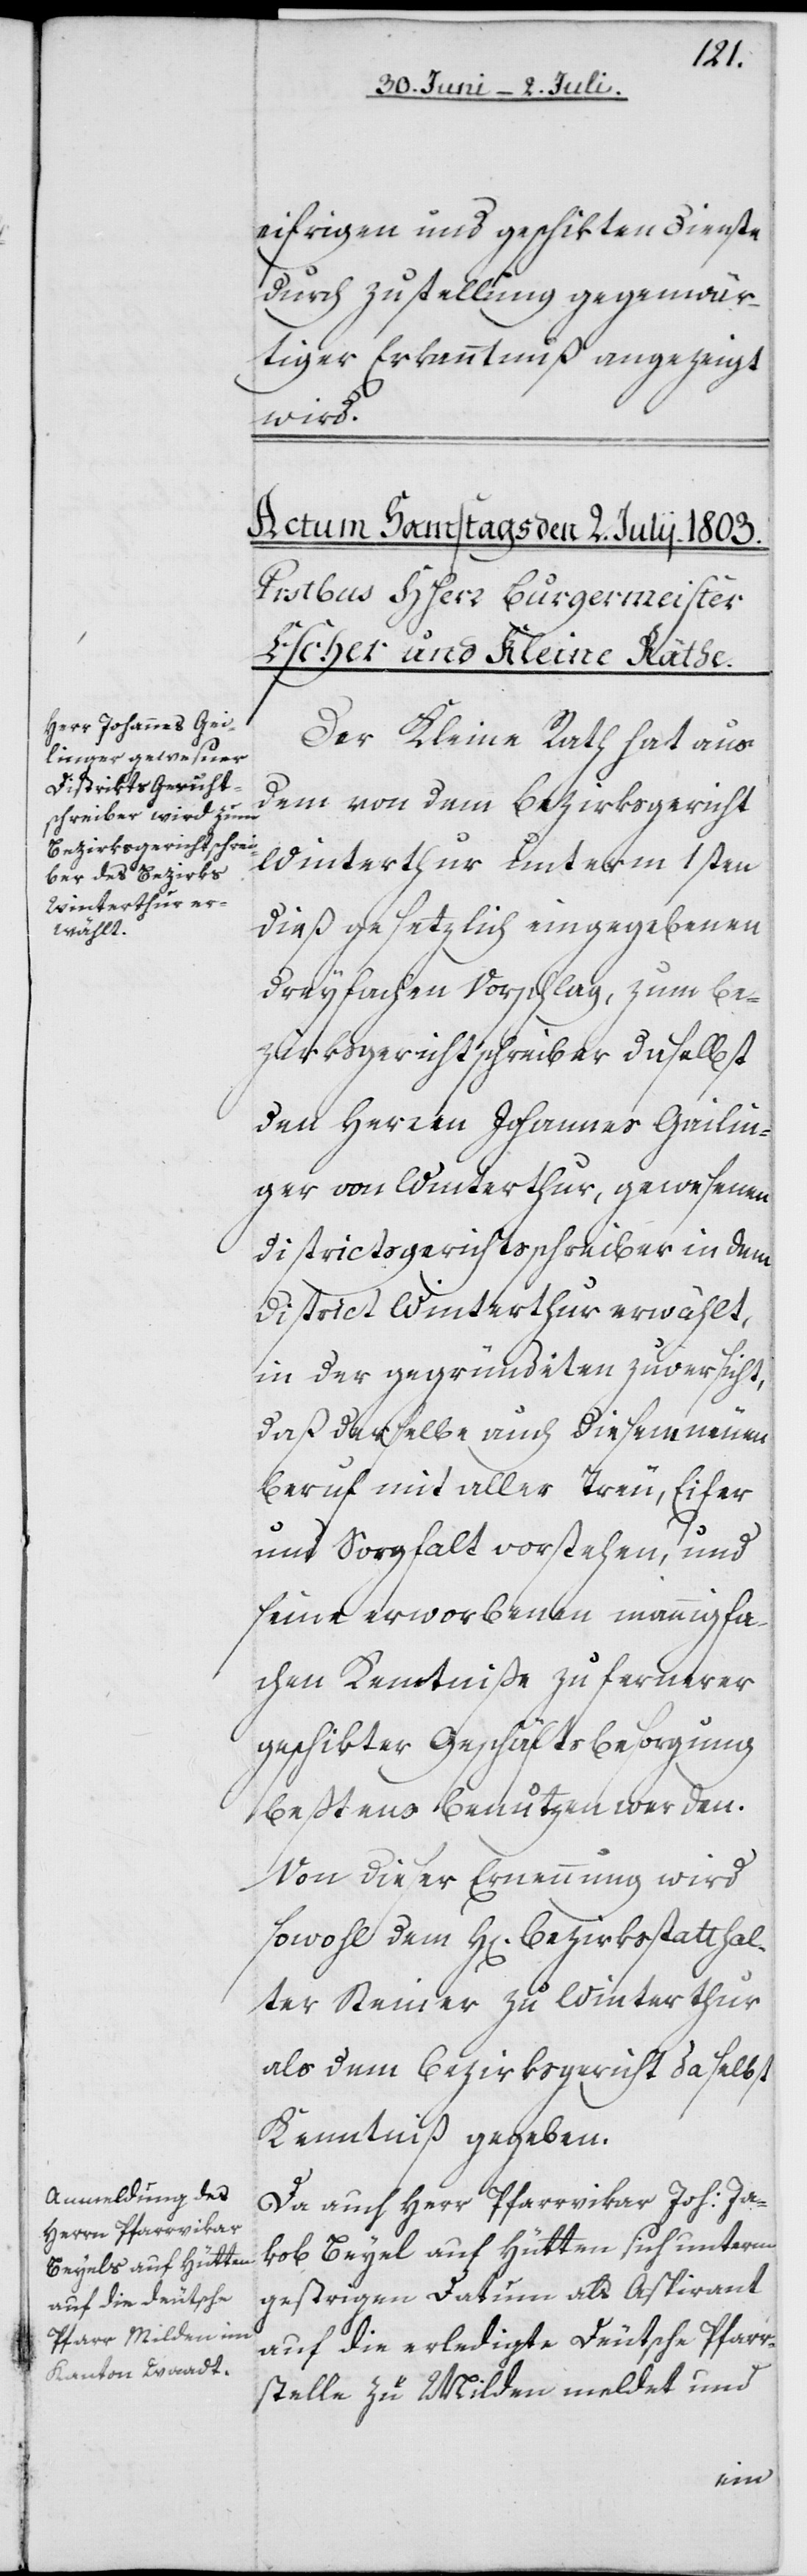
eifrigen und geschikten Dienste
durch Zustellung gegenwär¬
tiger Erkanntnuß angezeigt
wird.
Der Kleine Rath hat aus
dem von dem Bezirksgericht
Winterthur unterm 1sten
dieß gesetzlich eingegebenen
dreyfachen Vorschlag, zum Be¬
zirksgerichtschreiber daselbst
den Herren Johannes Geilin¬
ger von Winterthur, gewesenen
Districtsgerichtsschreiber in dem
District Winterthur erwählt,
in der gegründeten Zuversicht,
daß derselbe auch diesem neuen
Beruf mit aller Treu, Eifer
und Sorgfalt vorstehen, und
seine erworbenen mannigfa¬
chen Kenntniße zu fernerer
geschikter Geschäftsbesorgung
beßtens benutzen werden.
Von dieser Ernennung wird
sowohl dem H[errn] Bezirksstatthal¬
ter Steiner zu Winterthur
als dem Bezirksgericht daselbst
Kenntniß gegeben.
Da auch Herr Pfarrvikar Joh: Ja¬
kob Beyel auf Hütten sich unterm
gestrigen Datum als Aspirant
auf die erledigte Deutsche Pfarr¬
stelle zu Milden meldet und